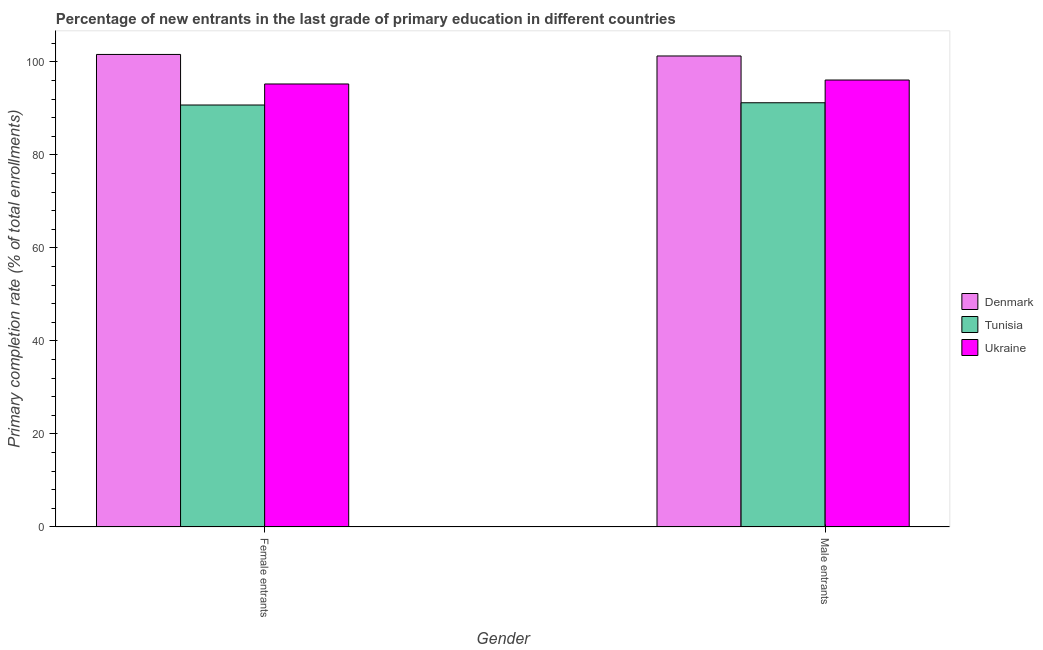
| Gender | Denmark | Tunisia | Ukraine |
 | --- | --- | --- | --- |
 | Female entrants | 102 | 90.7 | 95.2 |
 | Male entrants | 101 | 91.2 | 96.1 |